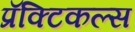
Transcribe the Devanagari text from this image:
प्रॅक्टिकल्स